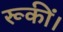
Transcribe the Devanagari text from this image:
रूकीं।